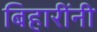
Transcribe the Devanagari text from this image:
बिहारींनी